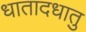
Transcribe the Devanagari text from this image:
धातादधातु